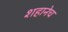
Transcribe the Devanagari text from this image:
शहानेच